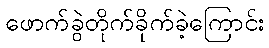
ဖောက်ခွဲတိုက်ခိုက်ခဲ့ကြောင်း